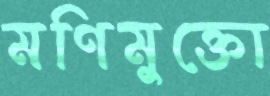
মণিমুক্তো